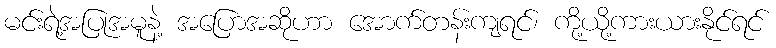
မင်းရဲ့အပြုအမူနဲ့ အပြောအဆိုဟာ အောက်တန်းကျရင်၊ ကို့ယို့ကားယားနိုင်ရင်